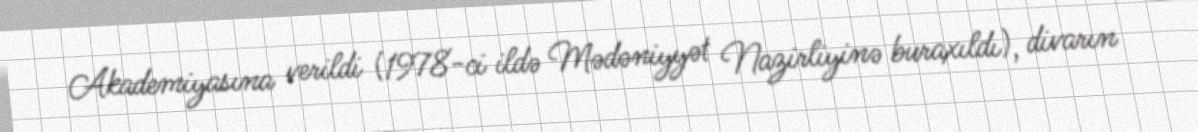
Akademiyasına verildi (1978-ci ildə Mədəniyyət Nazirliyinə buraxıldı), divarın